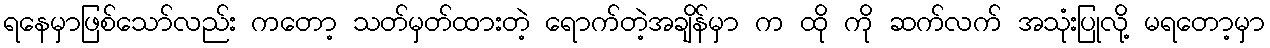
ရနေမှာဖြစ်သော်လည်း ကတော့ သတ်မှတ်ထားတဲ့ ရောက်တဲ့အချိန်မှာ က ထို ကို ဆက်လက် အသုံးပြုလို့ မရတော့မှာ